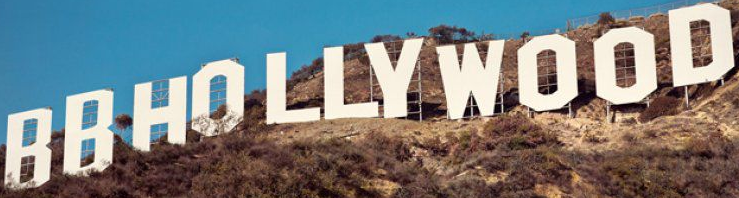
BBHOLLYWOOD